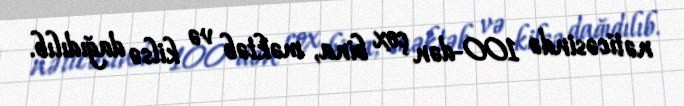
nəticəsində 100-dən çox bina, məktəb və kilsə dağıdılıb.